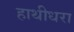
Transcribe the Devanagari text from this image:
हाथीधरा